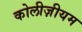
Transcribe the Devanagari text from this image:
कोलीज़ीयम